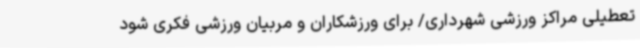
تعطیلی مراکز ورزشی شهرداری/ برای ورزشکاران و مربیان ورزشی فکری شود